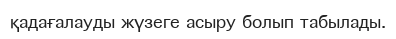
қадағалауды жүзеге асыру болып табылады.